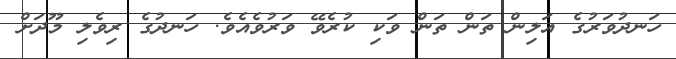
ހަނދުވަރުގެ އަލިން ތަން ތަން ވަކި ކުރެވޭ ވަރުވެއެވެ. ހަނދުގެ ރިވެލި މޫދަށް